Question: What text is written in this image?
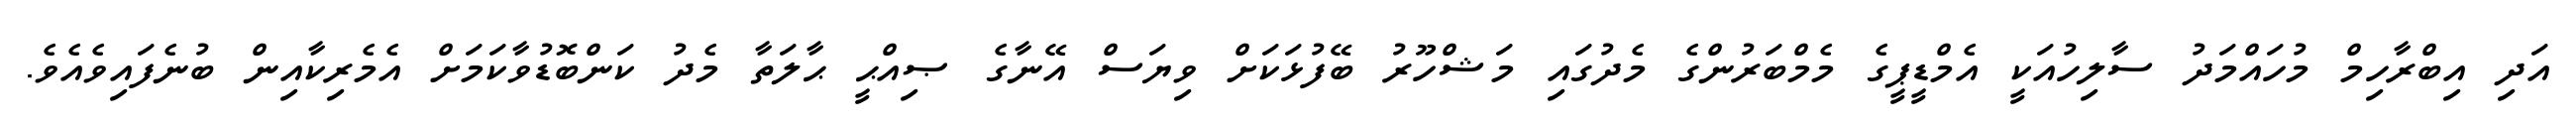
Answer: އަދި އިބްރާހިމް މުހައްމަދު ސާލިހުއަކީ އެމްޑީޕީގެ މެމްބަރުންގެ މެދުގައި މަޝްހޫރު ބޭފުޅަކަށް ވިޔަސް އޭނާގެ ޞިއްޙީ ޙާލަތާ މެދު ކަންބޮޑުވާކަމަށް އެމެރިކާއިން ބުނެފައިވެއެވެ.